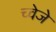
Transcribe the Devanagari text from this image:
च्वेजे